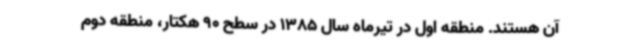
آن هستند. منطقه اول در تیرماه سال 1385 در سطح 90 هکتار، منطقه دوم